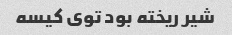
شیر ریخته بود توی کیسه